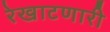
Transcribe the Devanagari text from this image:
रेखाटणारी